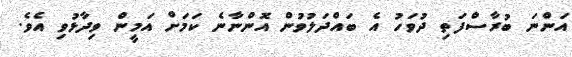
އަންނަ ބުރާސްފަތި ދުވަހު އެ ބައްދަލުވުން އޮންނާނެ ކަމަށް އަމީން ވިދާޅުވި އެވެ.